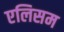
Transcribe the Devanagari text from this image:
एलिसम